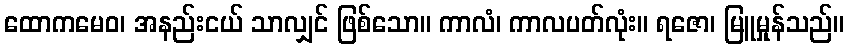
ထောကမေဝ၊ အနည်းငယ် သာလျှင် ဖြစ်သော။ ကာလံ၊ ကာလပတ်လုံး။ ရဇော၊ မြူမှုန်သည်။